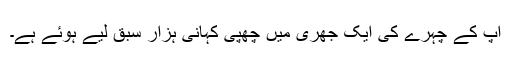
آپ کے چہرے کی ایک جھری میں چھپی کہانی ہزار سبق لیے ہوئے ہے۔